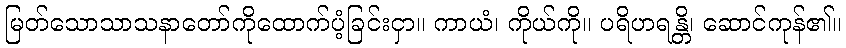
မြတ်သောသာသနာတော်ကိုထောက်ပံ့ခြင်းငှာ။ ကာယံ၊ ကိုယ်ကို။ ပရိဟရန္တိ၊ ဆောင်ကုန်၏။